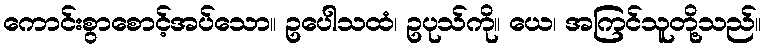
ကောင်းစွာစောင့်အပ်သော။ ဥပေါသထံ၊ ဥပုသ်ကို။ ယေ၊ အကြင်သူတို့သည်။